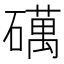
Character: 𥖣